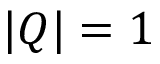
| Q | = 1